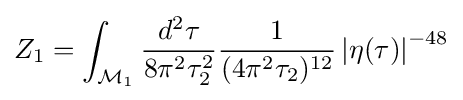
Z_{1}=\int _{{\mathcal {M}}_{1}}{\frac {d^{2}\tau }{8\pi ^{2}\tau _{2}^{2}}}{\frac {1}{(4\pi ^{2}\tau _{2})^{12}}}\left|\eta (\tau )\right|^{-48}